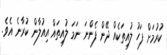
ކުރުމަށް ފަހު ލުއިތަކެއް ދޭން ފެންނަ ނަމަ ލުއިތައް އިއުލާން ކުރާނެ އެވެ.